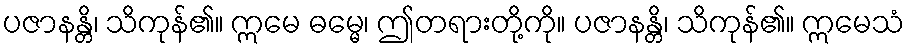
ပဇာနန္တိ၊ သိကုန်၏။ ဣမေ ဓမ္မေ၊ ဤတရားတို့ကို။ ပဇာနန္တိ၊ သိကုန်၏။ ဣမေသံ